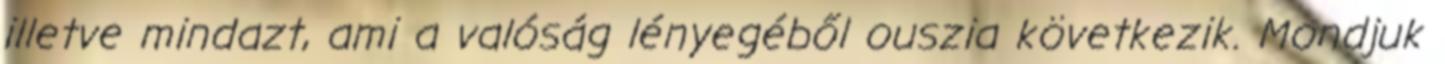
illetve mindazt, ami a valóság lényegéből ouszia következik. Mondjuk